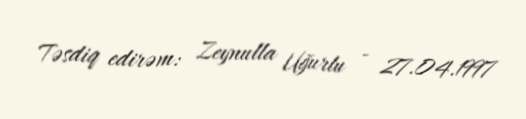
Təsdiq edirəm: Zeynulla Uğurlu - 27.04.1997